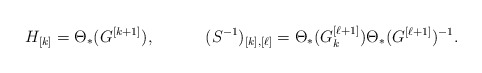
\begin{align*}H_{[k]}&=\Theta_*(G^{[k+1]}), &(S^{-1})_{[k],[\ell]}&=\Theta_*(G^{[\ell+1]}_k)\Theta_*(G^{[\ell+1]})^{-1}.\end{align*}